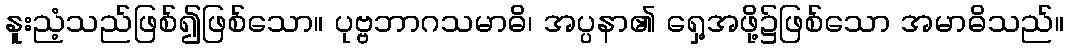
နူးညံ့သည်ဖြစ်၍ဖြစ်သော။ ပုဗ္ဗဘာဂသမာဓိ၊ အပ္ပနာ၏ ရှေ့အဖို့၌ဖြစ်သော အမာဓိသည်။